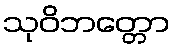
သုဝိဘတ္တော